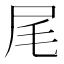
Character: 尾